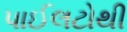
પાઈલટોથી